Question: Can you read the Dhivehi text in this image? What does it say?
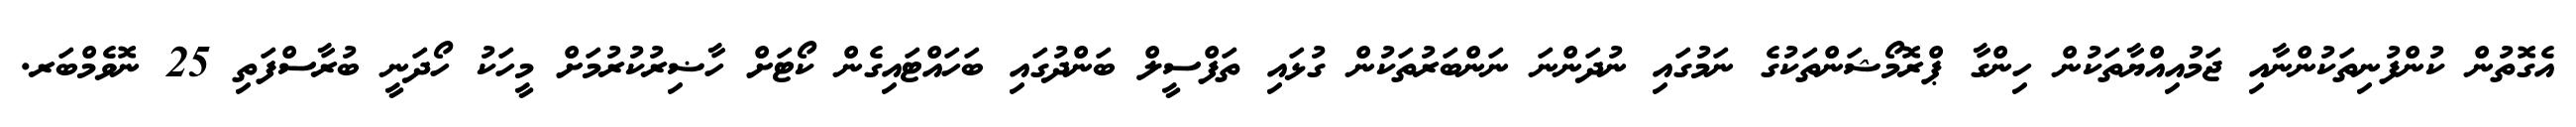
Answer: އެގޮތުން ކުންފުނިތަކުންނާއި ޖަމުއިއްޔާތަކުން ހިންގާ ޕްރޮމޯޝަންތަކުގެ ނަމުގައި ނުދަންނަ ނަންބަރުތަކުން ގުޅައި ތަފްސީލް ބަންދުގައި ބަހައްޓައިގެން ކޯޓަށް ހާޟިރުކުރުމަށް މީހަކު ހޯދަނީ ބުރާސްފަތި 25 ނޮވެމްބަރ.